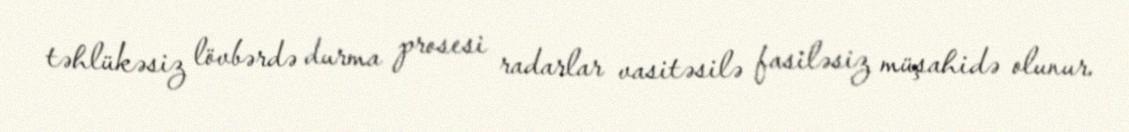
təhlükəsiz lövbərdə durma prosesi radarlar vasitəsilə fasiləsiz müşahidə olunur.